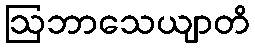
ဩဘာသေယျာတိ